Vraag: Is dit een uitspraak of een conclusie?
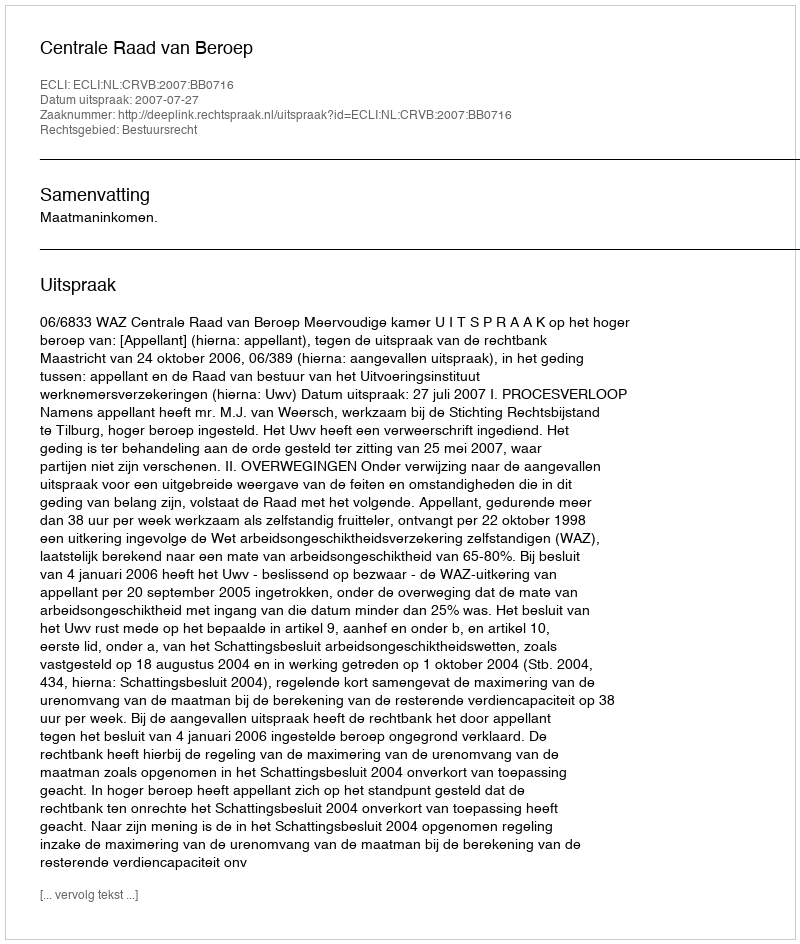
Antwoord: Uitspraak